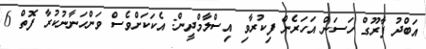
އަބްދު ފާރޫގް ހަސަން އަހަރެން ފިކުރާވި އިސްލާމްދީން: އެކަކަށްވެސް ވަންހަނާނުކުރާ ފޮތް 6